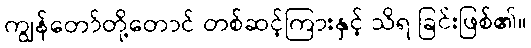
ကျွန်တော်တို့တောင် တစ်ဆင့်ကြားနှင့် သိရ ခြင်းဖြစ်၏။